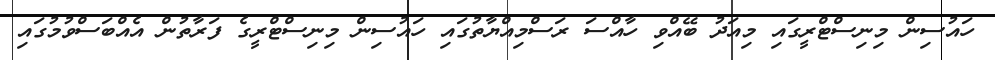
ހައުސިން މިނިސްޓްރީގައި މިއަދު ބޭއްވި ހާއްސަ ރަސްމިއްޔާތުގައި ހައުސިން މިނިސްޓްރީގެ ފަރާތުން އެއްބަސްވުމުގައި